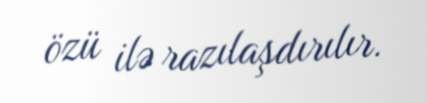
özü ilə razılaşdırılır.